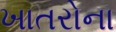
ખાતરોના